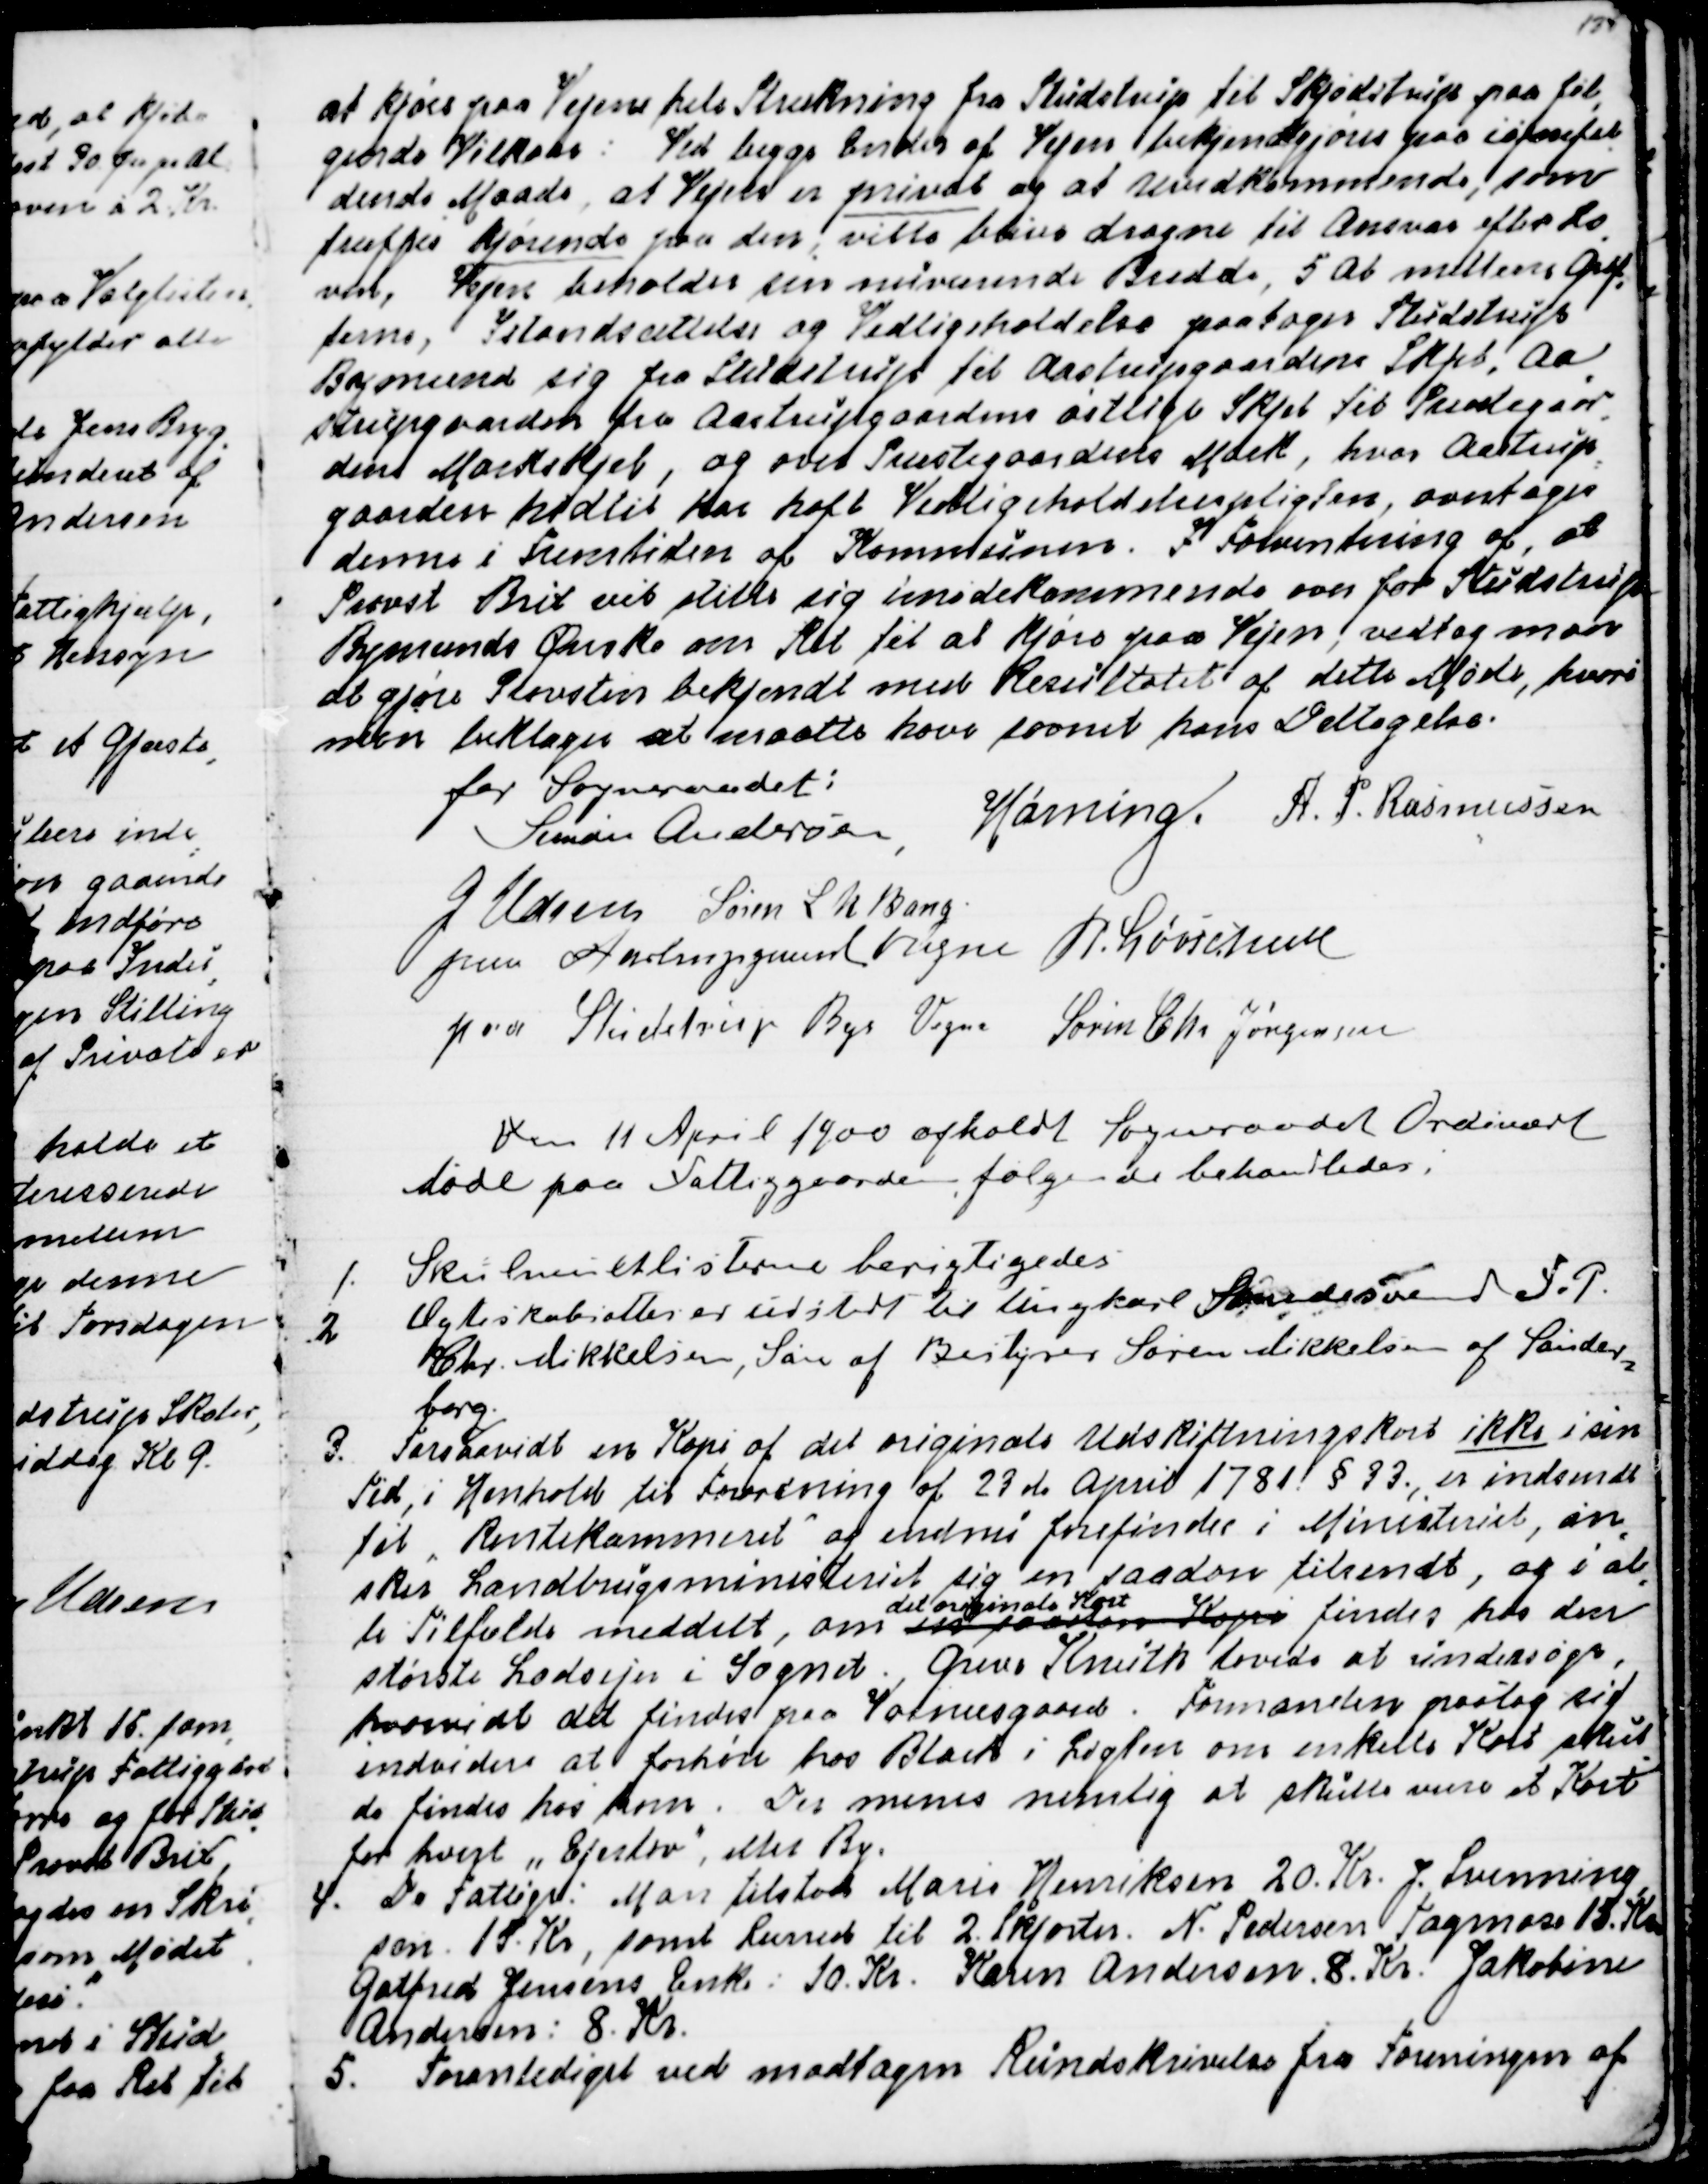
Transskription:
at kjøre paa Vejens hele Strækning fra Studstrup til Skjødstrup paa føl
=
gende Vilkaar:  Ved begge Ender af Vejen bekjendtgjøres paa iøjenfal
=
dende Maade, at Vejen er privat og at Uvedkommende, som
træffes kjørende paa den, ville blive dragne til Ansvar efter Lo
=
ven, Vejen beholder sin nuværende Bredde, 5 Al mellem Grøf
=
terne, Istandsættelse og Vedligeholdelse paatager Studstrups
Bymænd sig fra Studstrup til Aastrupgaardens Skjel, Aa
=
strupgaarden fra Aastrupgaardens østlige Skjel til Præstegaar
=
dens Markskel, og over Præstegaardens Mark, hvor Aastrup
=
gaarden hidtil har haft Vedligeholdelsespligten, overtages
denne i Fremtiden af Kommunen.  I Forventning af, at
Provst Brix vil stille sig imødekommende over for Studstrup
Bymænds Ønske om Ret til at kjøre paa Vejen, vedtog man
at gjøre Provsten bekjendt med Resultatet af dette Møde, hvori
man beklager at maatte have savnet hans Deltagelse.
for Sogneraadet:
Simon Andersen
Hørning.
A. P. Rasmussen
J Udsen
Søren L N Bang
paa Aastrupgaards Vegne  R. Løvschall
paa Studstrup Bys Vegne Søren Chr. Jørgensen

Den 11 April 1900 afholdt Sogneraadet Ordinært
Møde paa Fattiggaarden, følgende behandledes
1. Skolemulktlisterne berigtigedes
2   Ægteskabsattes er udstedt til Ungkarl Smedesvend F. P.
Chr. Mikkelsen, Søn af Bestyrer Søren Mikkelsen af Sønder
=
borg.
3. Forsaavidt en Kopi af det originale Udskiftningskort ikke i sin
Tid, i Henhold til Forordning af 23de April 1781 § 33, er indsendt 
til "Rentekammeret" og endnu forefindes i Ministeriet, øn
=
sker Landbrugsministeriet sig en saadan tilsendt, og i al
=
le Tilfælde meddelt, om en saadan Kopi
det originale Kort
findes hos den
største Lodsejer i Sognet. Greve Knuth lovede at undersøge,
hvorvidt det findes paa Vosnæsgaard. Formanden paatog sig
indvidere at forhøre hos Blach i Løgten om enkelte Kort skul
=
de findes hos ham. Der menes nemlig at skulle være et Kort
for hvert "Ejerlav" eller By.
4. De Fattige: Man tilstod Marie Henriksen 20. Kr. J. Svenning
=
sen 15. Kr, samt Lærred til 2. Skjorter. N. Pedersen Tagmose 15. Kr
Godtfred Jensens Enke: 10. Kr. Karen Andersen. 8. Kr. Jakobine
Andersen: 8. Kr.
5. Foranlediget ved modtagen Rundskrivelse fra Foreningen af